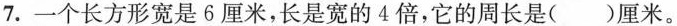
7.一个长方形宽是6厘米，长是宽的4倍，它的周长是()厘米。